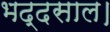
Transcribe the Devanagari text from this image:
भद्दसाल।